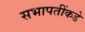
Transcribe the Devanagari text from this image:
सभापतींकडे